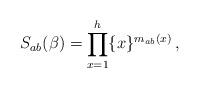
LaTeX: \begin{align*}S_{ab}(\beta)=\prod_{x=1}^{h}\{x\}^{m_{ab}(x)}\,,\end{align*}